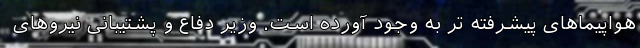
هواپیماهای پیشرفته تر به وجود آورده است. وزیر دفاع و پشتیبانی نیروهای